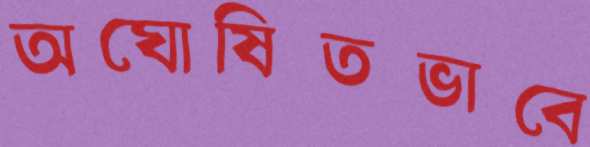
অঘোষিতভাবে